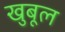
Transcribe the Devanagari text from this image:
खुबूल